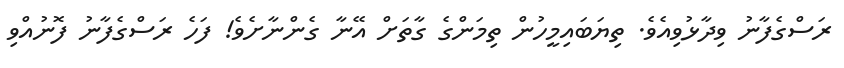
ރަސްގެފާނު ވިދާޅުވިއެވެ. ތިޔަބައިމީހުން ތިމަންގެ ގާތަށް އޭނާ ގެންނާށެވެ! ފަހެ ރަސްގެފާނު ފޮނުއްވި